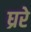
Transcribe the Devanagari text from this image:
घ्ररे